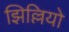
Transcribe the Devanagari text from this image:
झिल्लियो